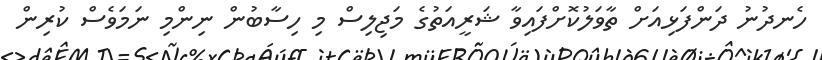
ހެނދުނު ދަންފަޅިއަށް ތާވަލުކޮށްފައިވާ ޝަރީއަތުގެ މަޖިލިސް މި ހިސާބުން ނިންމި ނަމަވެސް ކުރިން